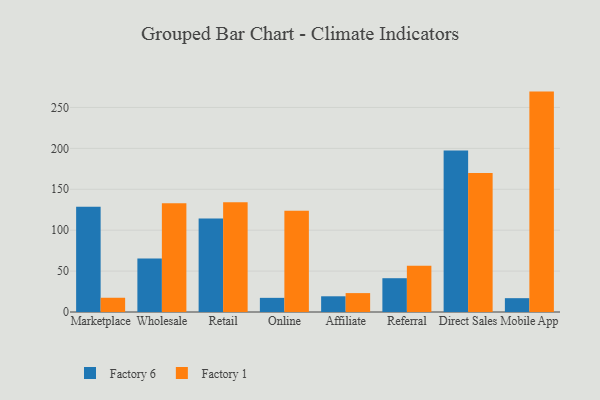
{"axis": {"x": "Channel", "y": "Backlog"}, "legend": ["Factory 1", "Factory 6"], "data": [{"x": "Marketplace", "y": 128.8, "type": "Factory 6"}, {"x": "Marketplace", "y": 17.4, "type": "Factory 1"}, {"x": "Wholesale", "y": 65.4, "type": "Factory 6"}, {"x": "Wholesale", "y": 132.9, "type": "Factory 1"}, {"x": "Retail", "y": 114.2, "type": "Factory 6"}, {"x": "Retail", "y": 134.1, "type": "Factory 1"}, {"x": "Online", "y": 17.3, "type": "Factory 6"}, {"x": "Online", "y": 123.7, "type": "Factory 1"}, {"x": "Affiliate", "y": 19.2, "type": "Factory 6"}, {"x": "Affiliate", "y": 23.1, "type": "Factory 1"}, {"x": "Referral", "y": 41.3, "type": "Factory 6"}, {"x": "Referral", "y": 56.5, "type": "Factory 1"}, {"x": "Direct Sales", "y": 197.3, "type": "Factory 6"}, {"x": "Direct Sales", "y": 170.0, "type": "Factory 1"}, {"x": "Mobile App", "y": 16.9, "type": "Factory 6"}, {"x": "Mobile App", "y": 269.4, "type": "Factory 1"}]}